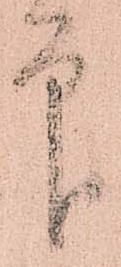
印